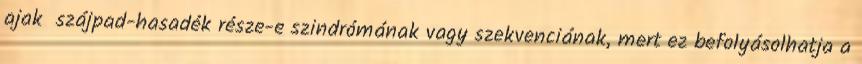
ajak szájpad-hasadék része-e szindrómának vagy szekvenciának, mert ez befolyásolhatja a